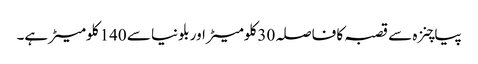
پیاچنزہ سے قصبہ کا فاصلہ 30 کلومیٹر اور بلونیا سے 140 کلومیٹر ہے۔